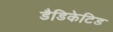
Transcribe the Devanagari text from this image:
डैडिकेटिड